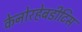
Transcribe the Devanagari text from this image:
केनोरहेबडीटिस